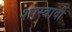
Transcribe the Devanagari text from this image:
शास्त्रादी